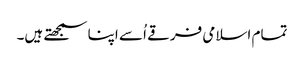
تمام اسلامی فرقے اُسے اپنا سمجھتے ہیں۔